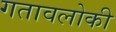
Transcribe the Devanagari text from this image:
गतावलोकी